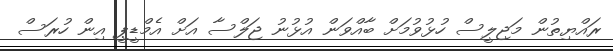
ރައްޔިތުން މަޖިލީސް ހުޅުވުމަށް ބާއްވަން އުޅުނު ޖަލްސާ އަށް އެމްޑީޕީ އިން ހުރަސް